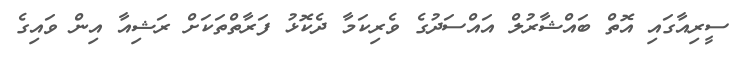
ސީރިއާގައި އޮތް ބައްޝާރުލް އައްސަދުގެ ވެރިކަމާ ދެކޮޅު ފަރާތްތަކަށް ރަޝިއާ އިން ވައިގެ